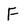
Character: F